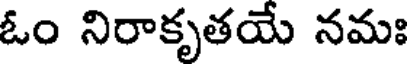
ఓం నిరాకృతయే నమః